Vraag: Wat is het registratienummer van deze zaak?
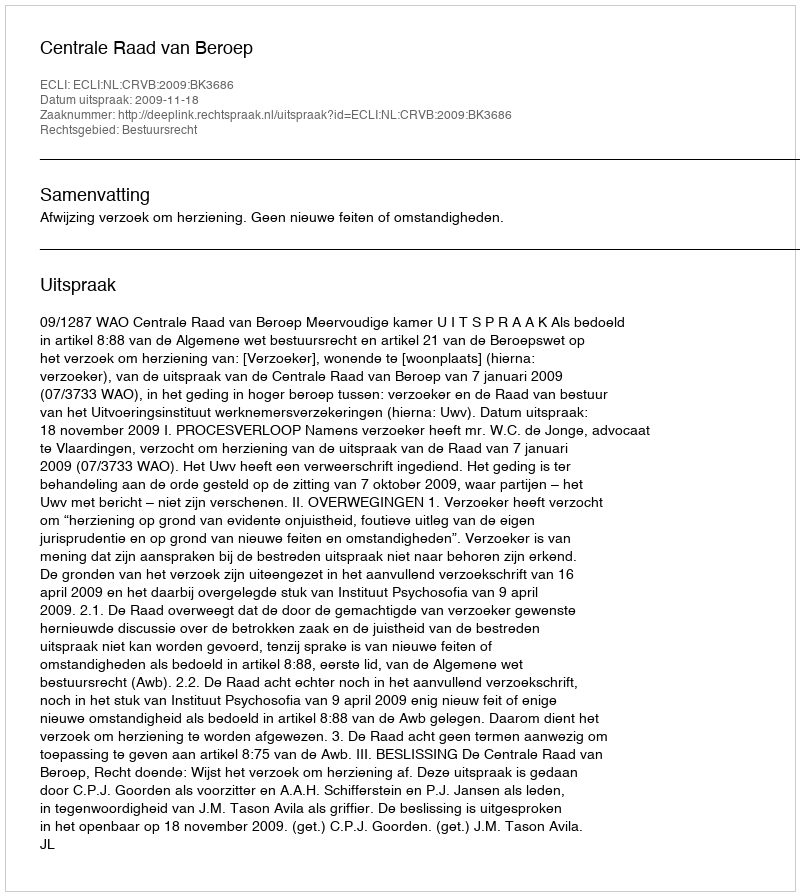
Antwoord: http://deeplink.rechtspraak.nl/uitspraak?id=ECLI:NL:CRVB:2009:BK3686